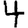
Digit: 4